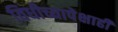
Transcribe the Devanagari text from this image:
विधीच्यापेक्षाही